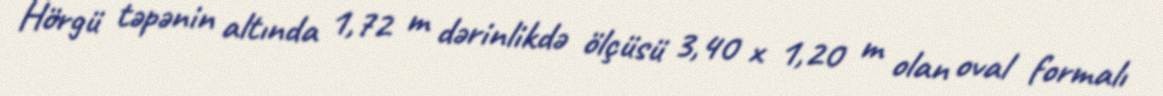
Hörgü təpənin altında 1,72 m dərinlikdə ölçüsü 3,40 x 1,20 m olan oval formalı